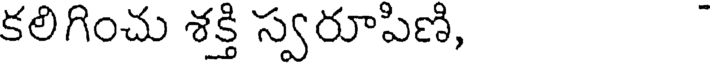
కలిగించు శక్తి స్వరూపిణి,